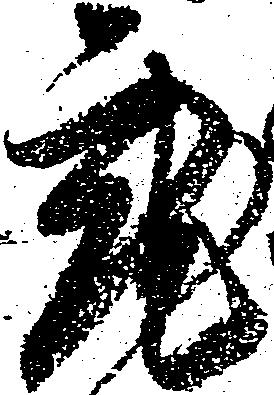
就